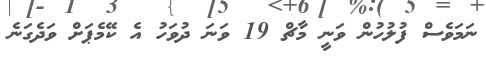
ނަމަވެސް ފުލުހުން ވަނީ މާޗް 19 ވަނަ ދުވަހު އެ ކޭމެޕަށް ވަދެގަނެ